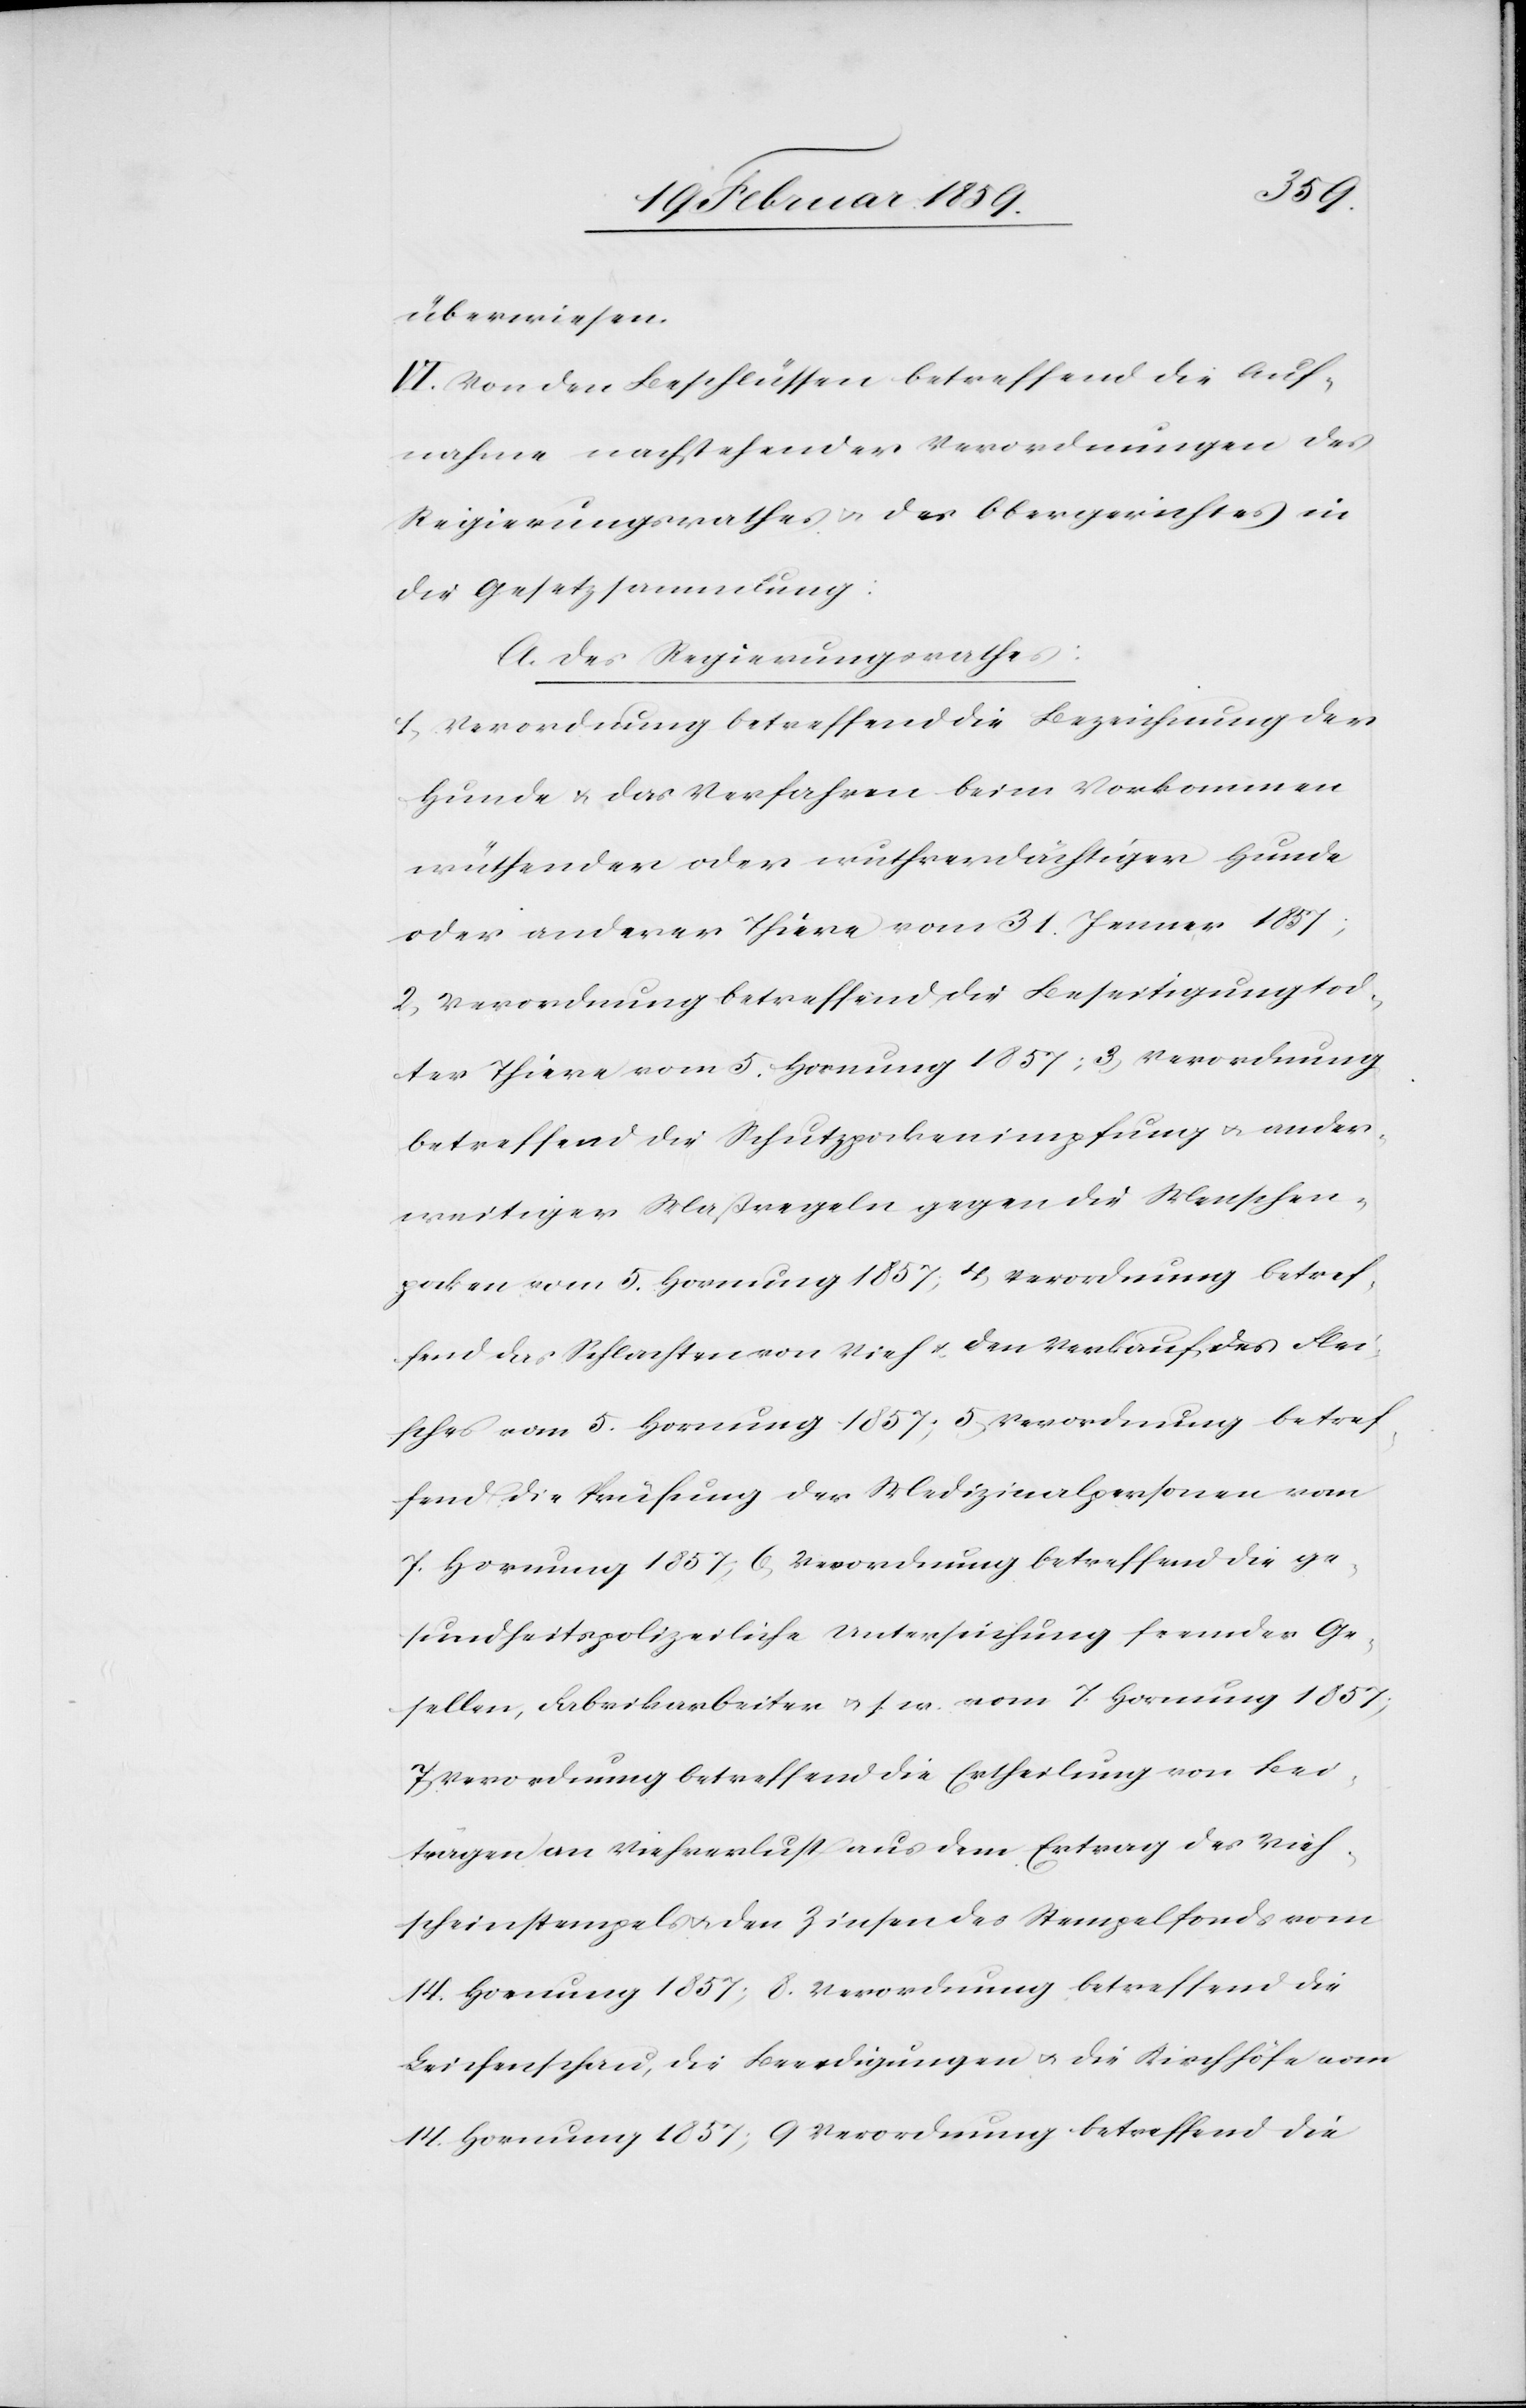
überwiesen.
VI. Von den Beschlüssen betreffend die Auf¬
nahme nachstehender Verordnungen des
Regierungsrathes u. des Obergerichtes in
die Gesetzsammlung:
A. des Regierungsrathes:
1) Verordnung betreffend die Bezeichnung der
Hunde & das Verfahren beim Vorkommen
wüthender oder wuthverdächtiger Hunde
oder anderer Thiere vom 31. Jenner 1857;
2) Verordnung betreffend die Beseitigung tod¬
ter Thiere vom 5. Hornung 1857; 3) Verordnung
betreffend die Schutzpockenimpfung u. ander¬
weitiger Maßregeln gegen die Menschen¬
pocken vom 5. Hornung 1857; 4) Verordnung betref¬
fend das Schlachten von Vieh u. den Verkauf des Flei¬
sches vom 5. Hornung 1857; 5) Verordnung betref¬
fend die Prüfung der Medizinalpersonen vom
7. Hornung 1857; 6) Verordnung betreffend die ge¬
sundheitspolizeiliche Untersuchung fremder Ge¬
sellen, Fabrikarbeiter u. s. w. vom 7. Hornung 1857;
7) Verordnung betreffend die Ertheilung von Bei¬
trägen an Viehverlust aus dem Ertrag des Vieh¬
scheinstempels u. den Zinsen des Stempelfonds vom
14. Hornung 1857; 8) Verordnung betreffend die
Leichenschau, die Beerdigungen u. die Kirchhöfe vom
14. Hornung 1857; 9) Verordnung betreffend die